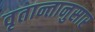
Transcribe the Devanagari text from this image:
वृतान्तानुसार